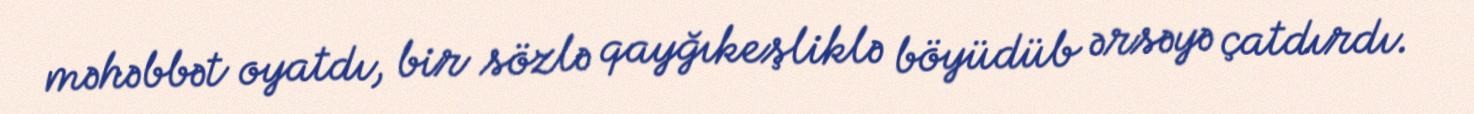
məhəbbət oyatdı, bir sözlə qayğıkeşliklə böyüdüb ərsəyə çatdırdı.